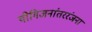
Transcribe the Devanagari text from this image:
योगिजनांतररंजना